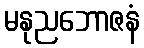
မနုညဘောဇနံ